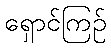
ရှောင်ကြဉ်